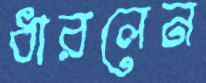
ধারলেন